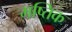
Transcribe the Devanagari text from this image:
मष्तिक